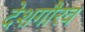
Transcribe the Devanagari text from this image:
देशगौरव